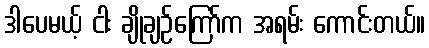
ဒါပေမယ့် ငါး ချိုချဉ်ကြော်က အရမ်း ကောင်းတယ်။